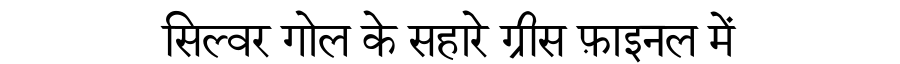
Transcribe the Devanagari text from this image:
सिल्वर गोल के सहारे ग्रीस फ़ाइनल में